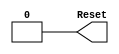
`timescale 1ns/1ns

module DividerController(Reset);


output reg Reset;

initial begin
	Reset = 1'b1;
	#100;
	Reset = 1'b0;
end
endmodule